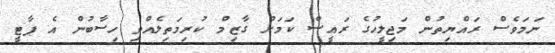
ނަމަވެސް ރައްޔިތުން މަޖިލީހުގެ ރައީސް ކަމަށް ގާޒިމް ކުރިމަތިލެއްވި ހިސާބުން އެ ޕާޓީ